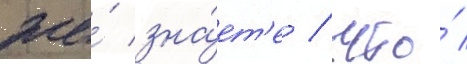
же́ зна́ет'е / что́